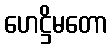
ဟေဋ္ဌိမတော